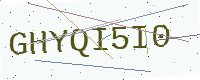
Text: GHYQI5I0